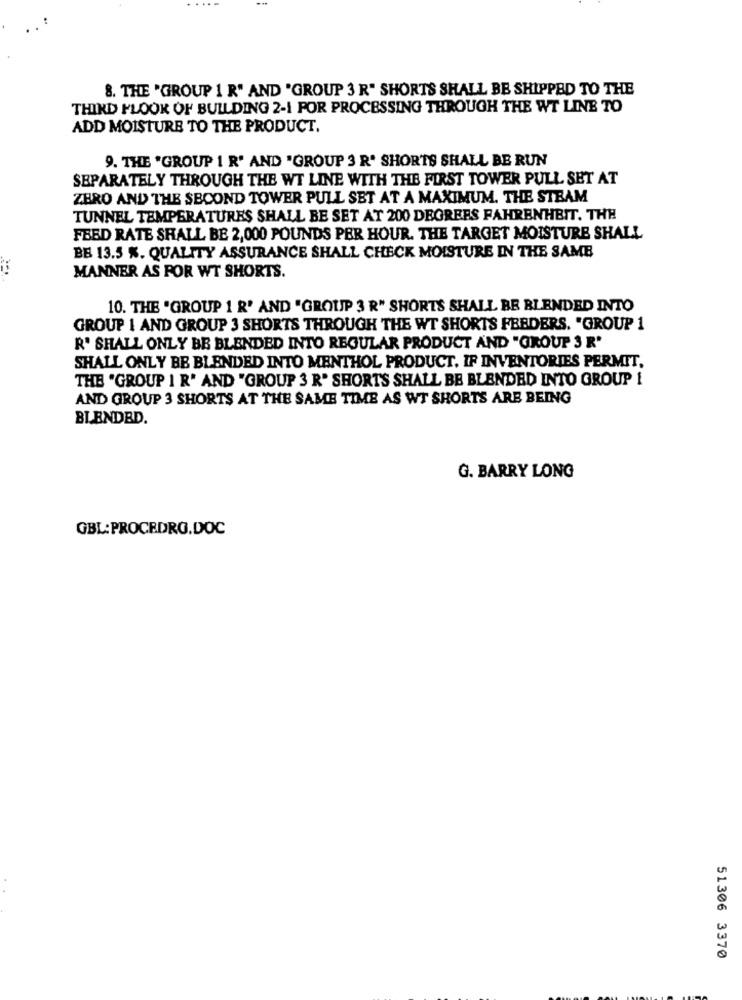
8. THE 'GROUP 1 R" AND "GROUP 3 R" SHORTS SHALL BE SHIPPED TO THE
THIRD FLOOR OF BUILDING 2-1 POR PROCESSING THROUGH THE WT LINE TO
ADD MOISTURE TO THE PRODUCT.
9. THE "GROUP 1 R' AND 'GROUP 3 R' SHORTS SHALL BE RUN
SEPARATELY THROUGH THE WT LINE WITH THE FIRST TOWER PULL SET AT
ZERO AND THE SECOND TOWER PULL SET AT A MAXIMUM. THE STEAM
TUNNEL TEMPERATURES SHALL BE SET AT 200 DEGREES FAHRENHEIT. THE
FBED RATE SHALL BE 2,000 POUNDS PER HOUR. THE TARGET MOISTURE SHALL
BE 13.5 %. QUALITY ASSURANCE SHALL CHECK MOISTURE IN THE SAME
MANNER AS FOR WT SHORTS.
10. THE "GROUP 1 R' AND "GROUP 3 R" SHORTS SHALL BE BLENDED INTO
GROUP 1 AND GROUP 3 SHORTS THROUGH THE WT SHORTS FEEDERS. "GROUP 1
R' SHALL ONLY BE BLENDED INTO REGULAR PRODUCT AND "GROUP 3 R'
SHALL ONLY BE BLENDED INTO MENTHOL PRODUCT. IF INVENTORIES PERMIT,
THE "GROUP 1 R' AND "GROUP 3 R' SHORTS SHALL BE BLENDED INTO GROUP 1
AND GROUP 3 SHORTS AT THE SAME TIME AS WT SHORTS ARE BEING
BLENDED.
G. BARRY LONG
GBL:PROCEDRO.DOC
51306 3370